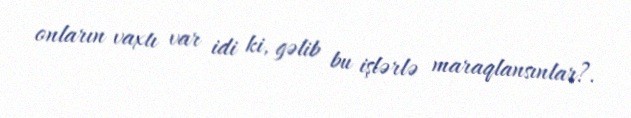
onların vaxtı var idi ki, gəlib bu işlərlə maraqlansınlar?.